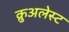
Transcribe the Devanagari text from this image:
क्रुअलेस्ट